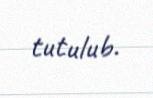
tutulub.